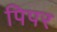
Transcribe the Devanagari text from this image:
पिपर